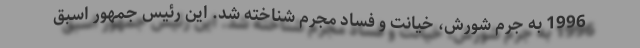
1996 به جرم شورش، خیانت و فساد مجرم شناخته شد. این رئیس جمهور اسبق